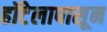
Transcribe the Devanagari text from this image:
हॉटेलापासून